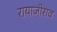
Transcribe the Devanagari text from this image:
रायाजीराव